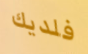
فلديك